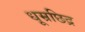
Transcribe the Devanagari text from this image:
धूम्रछिद्र